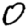
Digit: 0